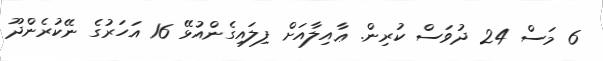
6 މަސް 24 ދުވަސް ކުރިން. ޢާއިލާއަށް ފިލައިގެންއުޅޭ 16 އަހަރުގެ ނޭކުރެންދޫ